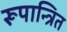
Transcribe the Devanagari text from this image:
रूपान्त्रित